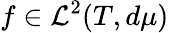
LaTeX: f\in\mathcal{L}^{2}(T,d\mu)